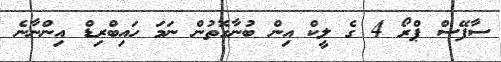
ސާފޭސް ޕްރޯ 4 ގެ ލީކް އިން ބުނާގޮތުން ނަމަ ހައިބްރިޑް އިންނާނެ